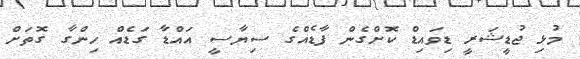
މުޅި ޖުޑީޝަރީ ޑިވައިޑް ކޮށްގެން ފާޑެއްގެ ސިޔާސީ އައްޑާ ގަޑެއް ހިންގާ ގޮތަށް